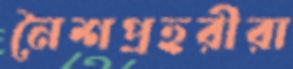
নৈশপ্রহরীরা